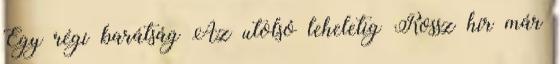
Egy régi barátság Az utolsó leheletig Rossz hír már